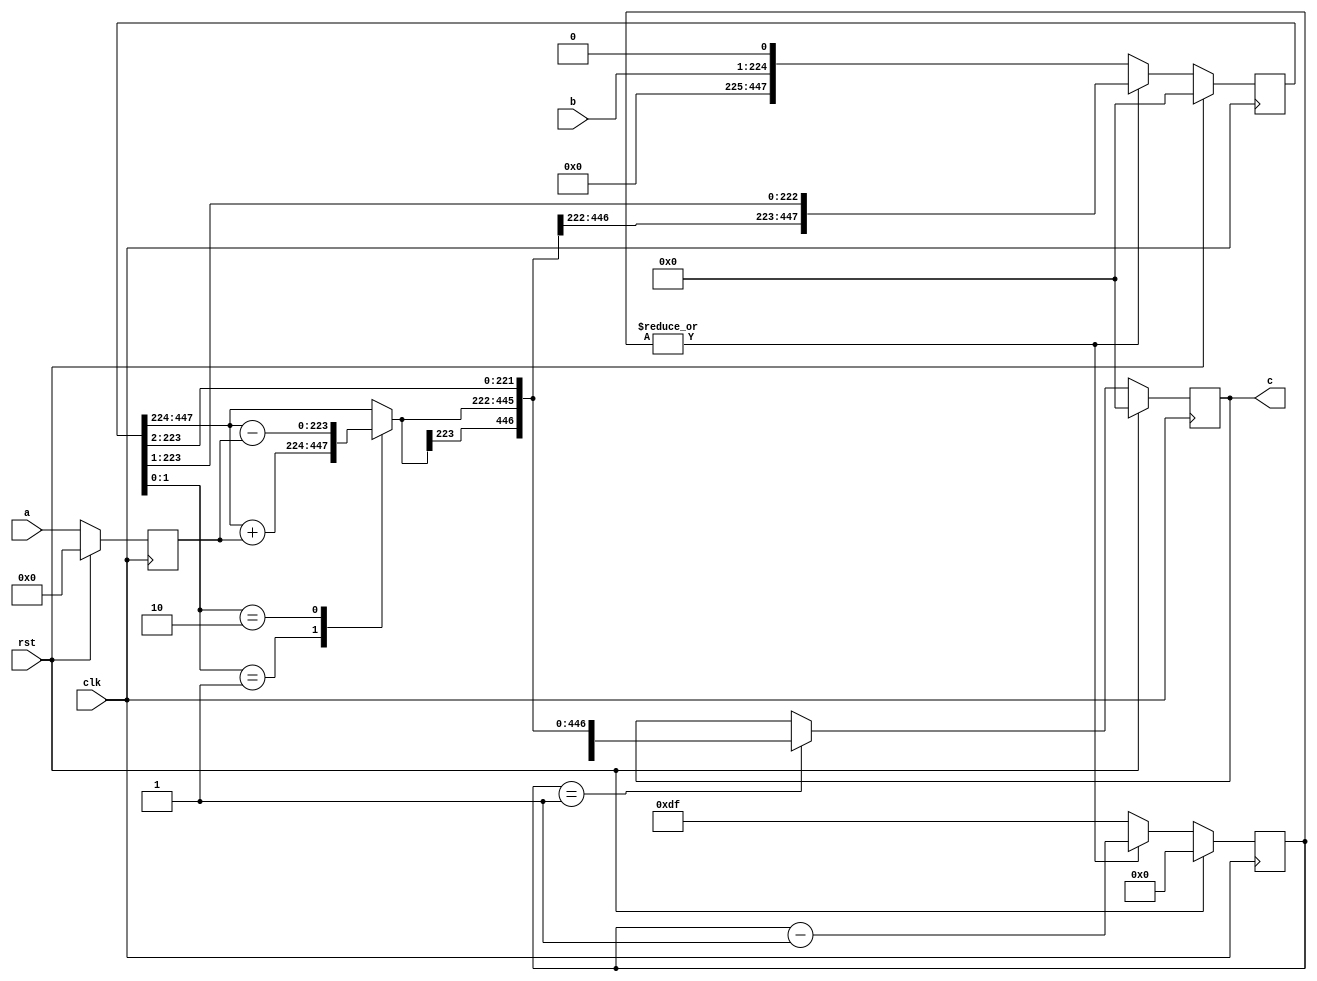
// TalTech large integer multiplier library
// Multiplier type: booth
// Parameters: 224 224 1
// Target tool: genus
module booth(clk, rst, a, b, c);
input clk;
input rst;
input [223:0] a;
input [223:0] b;
output reg [447:0] c;

// no pipeline vars

// Registers declaration 
reg  [223:0] mul_w_signguard;
reg  [7:0] count;
reg  [223:0] add_w_signguard;
reg  [447:0] mul_ab1;

// Step-1 of Booth Multiplier
always @(posedge clk) begin
	if (rst)
		count <= 8'd0;
	else if (|count)
		count <= (count - 1);
	else
		count <= 8'd223;
end

// Step-2 of Booth Multiplier
always @(posedge clk) begin
	if (rst)
		mul_w_signguard <= 223'd0;
	else
		mul_w_signguard <= {a[223 - 1], a};
end

// Step-3 of Booth Multiplier
always @(*) begin
	case (mul_ab1[1:0])
		2'b01     : add_w_signguard <= mul_ab1[447:224] + mul_w_signguard;
		2'b10     : add_w_signguard <= mul_ab1[447:224] - mul_w_signguard;
		default   : add_w_signguard <= mul_ab1[447:224];
	endcase
end

// Step-4 of Booth Multiplier
always @(posedge clk) begin
	if (rst)
		mul_ab1 <= 447'd0;
	else if (|count)
		mul_ab1 <= {add_w_signguard[223], add_w_signguard, mul_ab1[223:1]};
	else
		mul_ab1 <= {b, 1'b0};
end

// Step-5 of Booth Multiplier
always @(posedge clk) begin
	if (rst)
		c <= 447'd0;
	else if (count == 1)
		c <= {add_w_signguard[223], add_w_signguard, mul_ab1[223:2]};
end
endmodule